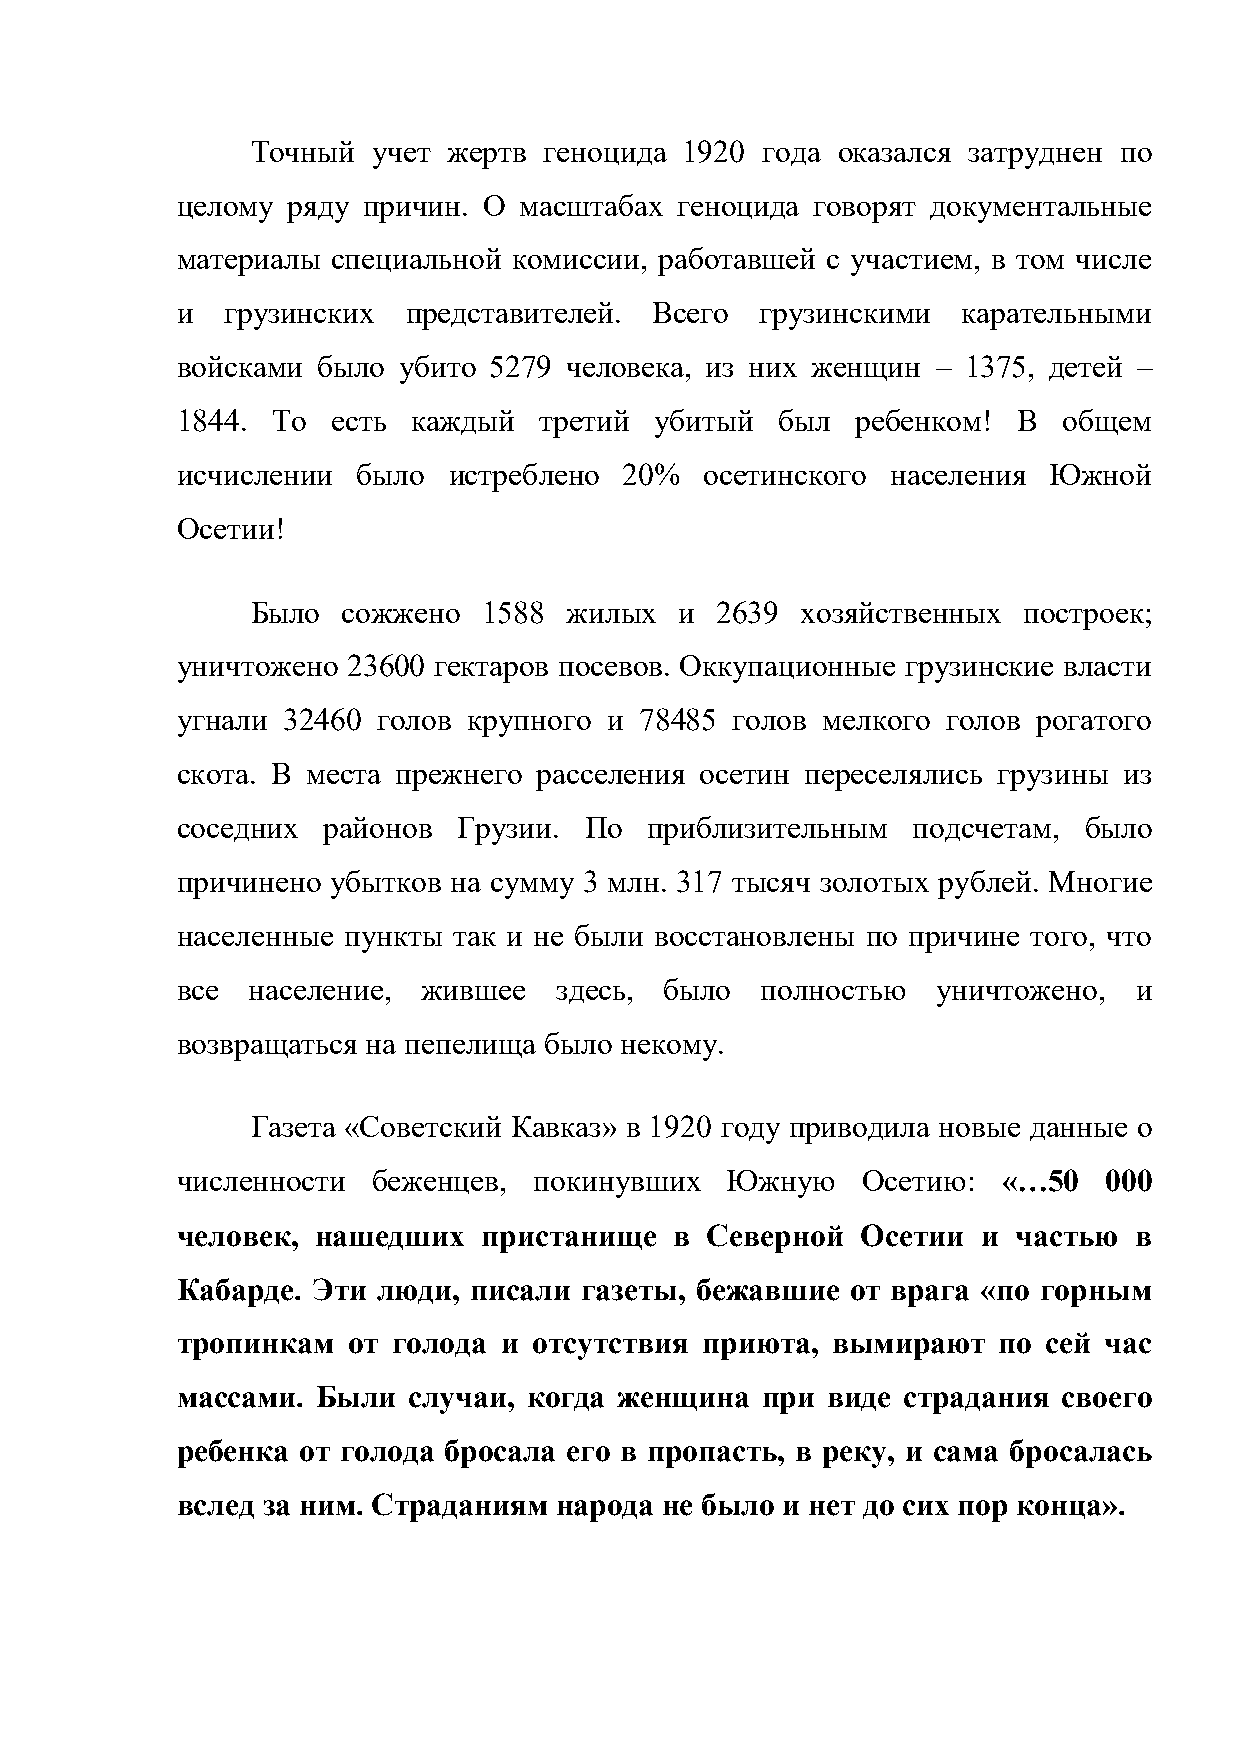
Точный  учет жертв геноцида 1920 года оказался затруднен по
 целому ряду причин. О масштабах  геноцида говорят документальные
 материалы специальной комиссии, работавшей с участием, в том числе
 и  грузинских  представителей. Всего  грузинскими   карательными
 войсками было убито 5279 человека, из них женщин  – 1375, детей –
 1844. То  есть каждый   третий убитый   был  ребенком! В  общем
 исчислении  было  истреблено 20%   осетинского населения Южной
 Осетии!
 Было  сожжено  1588 жилых   и 2639  хозяйственных  построек;
 уничтожено 23600 гектаров посевов. Оккупационные грузинские власти
 угнали 32460 голов крупного и 78485  голов мелкого голов рогатого
 скота. В места прежнего расселения осетин переселялись грузины из
 соседних районов  Грузии.  По  приблизительным  подсчетам,  было
 причинено убытков на сумму 3 млн. 317 тысяч золотых рублей. Многие
 населенные пункты так и не были восстановлены по причине того, что
 все население,  жившее   здесь, было  полностью   уничтожено,  и
 возвращаться на пепелища было некому.
 Газета «Советский Кавказ» в 1920 году приводила новые данные о
 численности  беженцев, покинувших   Южную    Осетию:  «…50   000
 человек, нашедших   пристанище   в Северной  Осетии  и частью  в
 Кабарде. Эти люди, писали  газеты, бежавшие от врага «по горным
 тропинкам  от голода и отсутствия приюта,  вымирают   по сей час
 массами. Были  случаи, когда женщина  при  виде страдания своего
 ребенка от голода бросала его в пропасть, в реку, и сама бросалась
 вслед за ним. Страданиям народа не было и нет до сих пор конца».